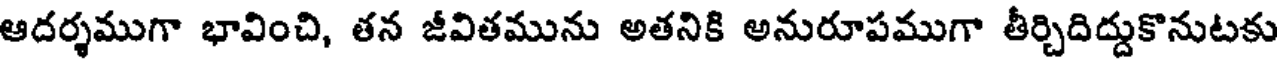
ఆదర్శముగా భావించి, తన జీవితమును అతనికి అనురూపముగా తీర్చిదిద్దుకొనుటకు